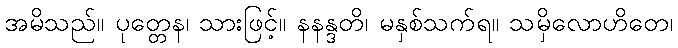
အမိသည်။ ပုတ္တေန၊ သားဖြင့်။ နနန္ဒတိ၊ မနှစ်သက်ရ။ သမှိလောဟိတေ၊